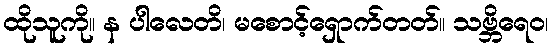
ထိုသူကို။ န ပါလေတိ၊ မစောင့်ရှောက်တတ်။ သဗ္ဘိရေဝ၊